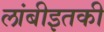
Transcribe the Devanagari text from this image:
लांबीइतकी